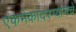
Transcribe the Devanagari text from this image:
एकमेकांदरम्यानचे